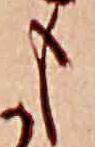
も